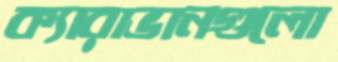
ক্যারাভানগুলো